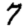
Digit: 7